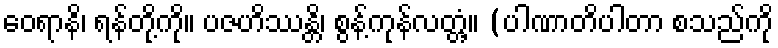
ဝေရာနိ၊ ရန်တို့ကို။ ပဇဟိဿန္တိ၊ စွန့်ကုန်လတ္တံ့။ (ပါဏာတိပါတာ စသည်ကို